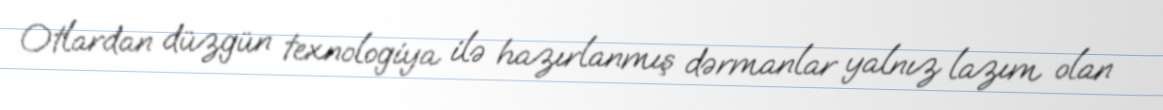
Otlardan düzgün texnologiya ilə hazırlanmış dərmanlar yalnız lazım olan